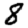
Digit: 8